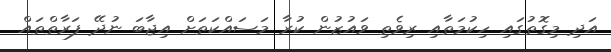
އަދި މިގޮތުގައި ހިކުމަތާއި ރިވެތި ވައުޒުން ކުރާ މަސައްކަތަށް އިޖާބަ ނުދޭ ފަރާތްތައް